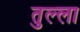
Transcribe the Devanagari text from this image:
तुल्ला